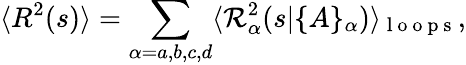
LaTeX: \langle R^{2}(s)\rangle=\sum_{\alpha=a,b,c,d}\langle{\cal R}_{\alpha}^{2}(s|\{ A\} _{\alpha})\rangle_{\mathrm{~l~o~o~p~s~}},